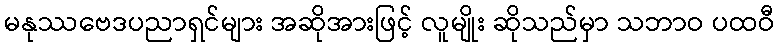
မနုဿဗေဒပညာရှင်များ အဆိုအားဖြင့် လူမျိုး ဆိုသည်မှာ သဘာဝ ပထဝီ